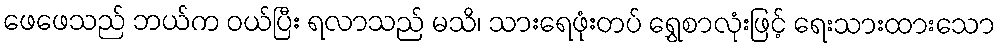
ဖေဖေသည် ဘယ်က ဝယ်ပြီး ရလာသည် မသိ၊ သားရေဖုံးတပ် ရွှေစာလုံးဖြင့် ရေးသားထားသော